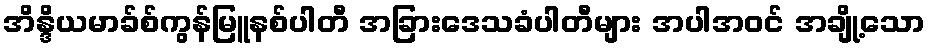
အိန္ဒိယမာခ်စ်ကွန်မြူနစ်ပါတီ အခြားဒေသခံပါတီများ အပါအဝင် အချို့သော